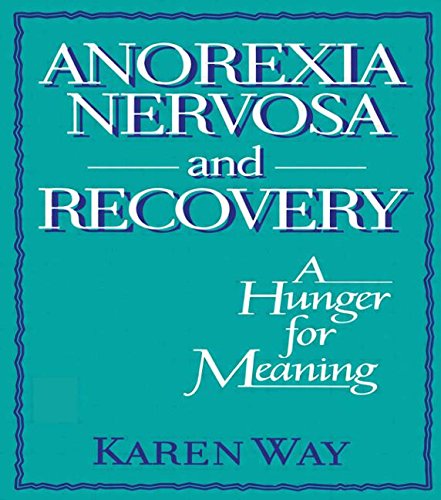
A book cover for Anorexia Nervosa and Recovery: A Hunger for Meaning (Haworth Women's Studies); Ellen Cole; Health, Fitness & Dieting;